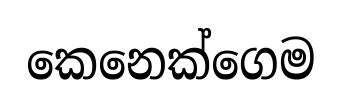
කෙනෙක්ගෙම